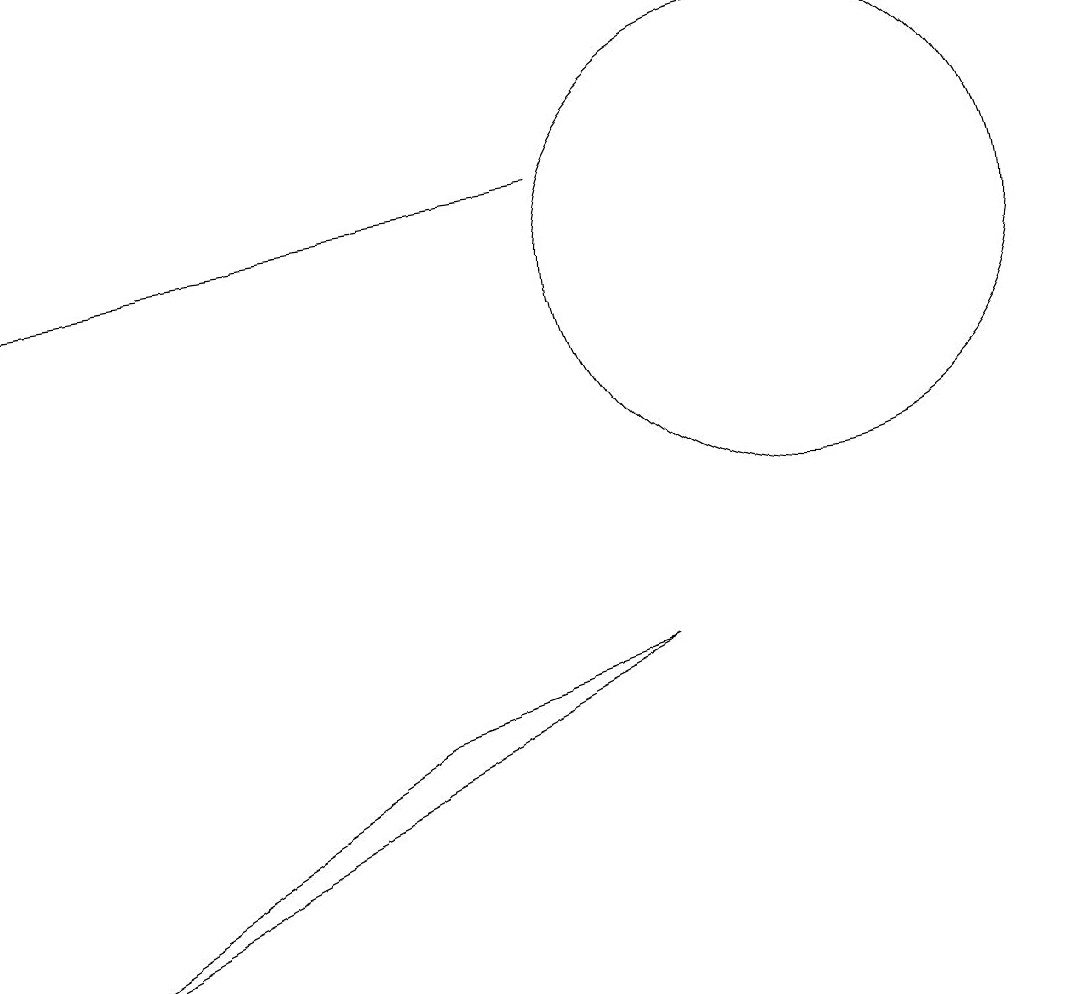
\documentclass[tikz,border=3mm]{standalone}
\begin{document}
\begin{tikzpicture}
\draw (1,1) -- (6,4) -- (9,5) -- cycle;
\draw[->] (8,11) -- (1,10);
\draw (11,10) circle (3);
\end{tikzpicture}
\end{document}